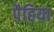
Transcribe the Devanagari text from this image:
पैहिया